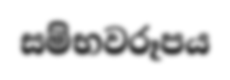
සම්භවරූපය